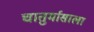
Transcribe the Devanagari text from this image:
चातुर्मासाला